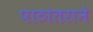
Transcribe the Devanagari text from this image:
पाठांतराने